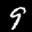
Label: 9